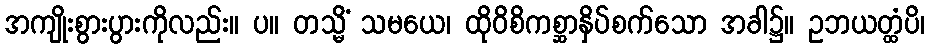
အကျိုးစွားပွားကိုလည်း။ ပ။ တသ္မိံ သမယေ၊ ထိုဝိစိကစ္ဆာနှိပ်စက်သော အခါ၌။ ဥဘယတ္ထံပိ၊